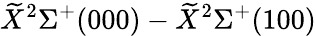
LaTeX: \widetilde{X}^{2}\Sigma^{+}(000)-\widetilde{X}^{2}\Sigma^{+}(100)